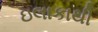
ઇલાકાથી